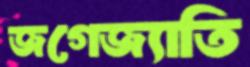
জগেজ্যাতি